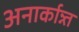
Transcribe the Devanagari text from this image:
अनार्कान्न्त